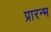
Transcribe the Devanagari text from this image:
प्रारन्भ